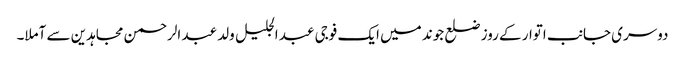
دوسری جانب اتوار کے روز ضلع جوند میں ایک فوجی عبد الجلیل ولد عبد الرحمن مجاہدین سے آملا۔